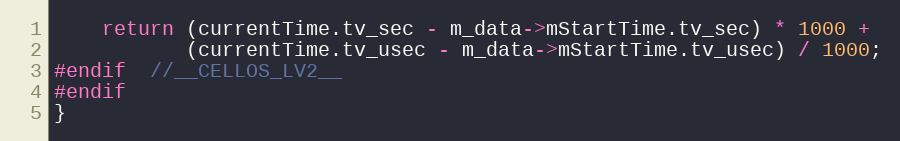
Language: C++
	return (currentTime.tv_sec - m_data->mStartTime.tv_sec) * 1000 +
		   (currentTime.tv_usec - m_data->mStartTime.tv_usec) / 1000;
#endif  //__CELLOS_LV2__
#endif
}